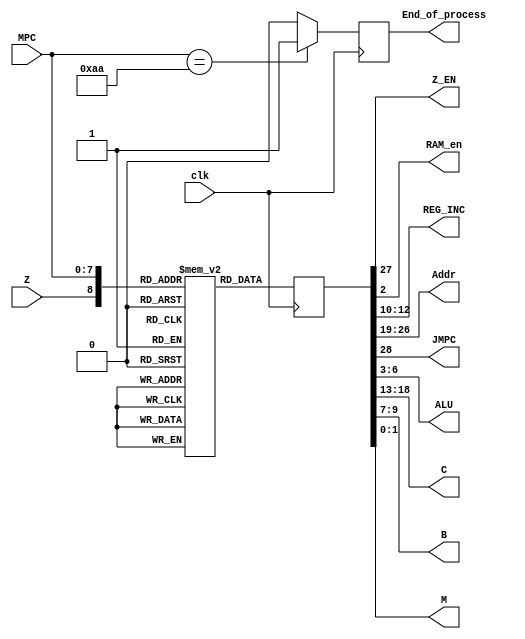
`timescale 1ns / 1ps
module ControlUnit(Z_EN,RAM_en,REG_INC,Z,MPC,clk,Addr,JMPC,ALU,C,B,M,End_of_process
    );

	input clk,Z;
	input [7:0] MPC;
	
	output [7:0] Addr;
	output [3:0] ALU;
	output [5:0] C;
	output [2:0] B;
	output [1:0] M;
	output [2:0] REG_INC;
	output JMPC;
	output RAM_en;
	output Z_EN;
	output End_of_process;
	
	reg End_of_process;
	reg [28:0] CL_MEM [511:0];
	reg [28:0] MIR;
	//Instructions
	
//-------------------------------------------------------
	initial 
	begin
	
	MIR = 29'b0_0_00000000_000000_000_000_0000_000;

	//assign {JMPC,Z_EN,Addr,C,REG_INC,B,ALU,RAM_en,M} = MIR; 
			/*3'b000 : B_bus <= B_bus;
			3'b001 : B_bus <= GP;
			3'b010 : B_bus <= PC;
			3'b011 : B_bus <= GP2;
			3'b100 : B_bus <= MDR;
			3'b101 : B_bus <= MAR;
			3'b110 : B_bus <= IR;
			3'b111 : B_bus <=  16'bz;*/
	//1.Nop
	 CL_MEM[9'b000000000]= 29'b1_0_00000000_000000_001_000_0000_000;	
	 
	 //2.Load AC from Memory (AC <- M[T] -0000 0001 T1,T2)
	 CL_MEM[9'b000000001]= 29'b0_0_00010001_000000_001_000_0000_000;
	 CL_MEM[9'b00001_0001]= 29'b0_0_00010010_000001_001_110_1011_000;
	 CL_MEM[9'b000010010]= 29'b0_0_00010011_010000_000_110_0100_000;
	 CL_MEM[9'b000010011]= 29'b0_0_00010100_000000_000_000_0000_000;
	 CL_MEM[9'b000010100]= 29'b0_0_00010101_000000_000_000_0000_101;
	 CL_MEM[9'b000010101]= 29'b0_0_00010111_000000_000_000_0000_101;
	 CL_MEM[9'b000010111]= 29'b0_0_00000000_000001_000_100_0011_000;
		
	 //3.LOAD Memory with AC (M[T] <- AC -0000 0010 T1,T2)
	 CL_MEM[9'b000000010]= 29'b0_0_00100000_001000_000_000_0010_000;
	 CL_MEM[9'b00010_0000]= 29'b0_0_00100001_000000_001_000_0000_000;
	 CL_MEM[9'b000100001]= 29'b0_0_00100010_000001_001_110_1011_000;
	 CL_MEM[9'b000100010]= 29'b0_0_00100011_010000_000_110_0100_000;
	 CL_MEM[9'b000100011]= 29'b0_0_00100100_000000_000_000_0000_110;
	 CL_MEM[9'b000100100]= 29'b0_0_00100101_000000_000_000_0000_110;
	 CL_MEM[9'b000100101]= 29'b0_0_00000000_000001_000_100_0011_000;
	 
	 
	 //4.Clear AC
	 CL_MEM[9'b000000011]= 29'b0_0_00000000_000001_000_000_0001_000;
	 
	 //5.MOVE AC GP1
	CL_MEM[9'b000000100]= 29'b0_0_00110000_000010_000_000_0010_000;
	CL_MEM[9'b00011_0000]= 29'b0_0_00000000_000000_000_000_0000_000;
	
	
	 //6.MOVE AC GP1
	CL_MEM[9'b000000101]= 29'b0_0_01000000_100000_000_000_0010_000;
	CL_MEM[9'b00100_0000]= 29'b0_0_00000000_000000_000_000_0000_000;

	//7. JUMPZ
	CL_MEM[9'b000000110]= 29'b0_1_01010000_000000_000_110_0011_000;
		//If AC = 0;
	CL_MEM[9'b10101_0000]= 29'b0_1_01010001_000100_000_110_0011_000;
	CL_MEM[9'b101010001]= 29'b1_0_00000000_000000_001_000_0000_000;
		//If AC != 0;
	CL_MEM[9'b001010000]= 29'b0_0_00000000_000000_001_110_0011_000;
	
	//8. JUMNZ
	CL_MEM[9'b000000111]= 29'b0_1_01100000_000000_000_110_0011_000;
		//If AC != 0;
	CL_MEM[9'b00110_0000]= 29'b0_1_01100001_000100_000_110_0011_000;
	CL_MEM[9'b001100001]= 29'b1_0_00000000_000000_001_000_0000_000;
		//If AC == 0;
	CL_MEM[9'b101100000]= 29'b0_0_00000000_000000_001_110_0011_000;
	
	//8. Load AC  AC<= M[M[T,T]]
	 CL_MEM[9'b000001000]= 29'b0_0_01110000_000000_001_000_0000_000;
	 CL_MEM[9'b001110000]= 29'b0_0_01110001_000001_001_110_1011_000;
	 CL_MEM[9'b001110001]= 29'b0_0_01110010_010000_000_110_0100_000;
	 CL_MEM[9'b001110010]= 29'b0_0_01110011_000000_000_000_0000_000;
	 CL_MEM[9'b001110011]= 29'b0_0_01110100_000000_000_000_0000_101;
	 CL_MEM[9'b001110100]= 29'b0_0_01110101_000000_000_000_0000_101;
	 CL_MEM[9'b001110101]= 29'b0_0_01110110_010000_000_100_0011_000;
	 CL_MEM[9'b001110110]= 29'b0_0_01110111_000000_000_000_0000_101;
	 CL_MEM[9'b001110111]= 29'b0_0_01111000_000000_000_000_0000_101;
	 CL_MEM[9'b001111000]= 29'b0_0_00000000_000001_000_100_0011_000;

	//9. Store AC - M[M[T,T]] <= AC
	 CL_MEM[9'b000001001]= 29'b0_0_10000000_001000_000_000_0010_000;
	 CL_MEM[9'b010000000]= 29'b0_0_10000001_000000_001_000_0000_000;
	 CL_MEM[9'b010000001]= 29'b0_0_10000010_000001_001_110_1011_000;
	 CL_MEM[9'b010000010]= 29'b0_0_10000011_010000_000_110_0100_000;
	 CL_MEM[9'b010000011]= 29'b0_0_10000100_000001_000_100_0011_000;
	 CL_MEM[9'b010000100]= 29'b0_0_10000101_000000_000_000_0000_101;
	 CL_MEM[9'b010000101]= 29'b0_0_10000110_000000_000_000_0000_101;
	 CL_MEM[9'b010000110]= 29'b0_0_10000111_010000_000_100_0011_000;
	 CL_MEM[9'b010000111]= 29'b0_0_10001000_001000_000_000_0010_000;
	 CL_MEM[9'b010001000]= 29'b0_0_10001001_000000_000_000_0000_110;
	 CL_MEM[9'b010001001]= 29'b0_0_00000000_000000_000_000_0000_110;
	
	
	//10.DIV AC by 4
	 CL_MEM[9'b000001010]= 29'b0_0_10010000_000001_000_000_0110_000;
	 CL_MEM[9'b010010000]= 29'b0_0_00000000_000000_000_000_0000_000;
	 
	//11.DIV AC by 2
	 CL_MEM[9'b000001011]= 29'b0_0_10100000_000001_000_000_0111_000;
	 CL_MEM[9'b010100000]= 29'b0_0_00000000_000000_000_000_0000_000;
	
	//12. INC AC
	 CL_MEM[9'b000001100]= 29'b0_0_10110000_000001_000_000_1010_000;
	 CL_MEM[9'b010110000]= 29'b0_0_00000000_000000_000_000_0000_000;
	 
	 //13. ADD AC + GP1
	 CL_MEM[9'b000001101]= 29'b0_0_11000000_000001_000_001_0100_000;
	 CL_MEM[9'b011000000]= 29'b0_0_00000000_000000_000_000_0000_000;
	 
	 //14. SUB AC - GP1
	 CL_MEM[9'b000001110]= 29'b0_0_11010000_000001_000_001_0101_000;
	 CL_MEM[9'b011010000]= 29'b0_0_00000000_000000_000_000_0000_000;
	 
	 //15. ADD AC + GP2
	 CL_MEM[9'b000001111]= 29'b0_0_11100000_000001_000_011_0100_000;
	 CL_MEM[9'b011100000]= 29'b0_0_00000000_000000_000_000_0000_000;
	 
	 //16.Shift AC by 8
	 CL_MEM[9'b010010001]= 29'b0_0_10010010_000001_000_000_1100_000;
	 CL_MEM[9'b010010010]= 29'b0_0_00000000_000000_000_000_0000_000;
	 
	 
	 End_of_process=1'b0;
	end
//----------------------------------------------------	
	
	always @ (negedge clk) begin
		MIR = CL_MEM[{Z,MPC}];                               //rlease cl sig in posedge
		
		if(MPC == 8'b10101010)
			begin
				End_of_process<= 1'b1;
			end
		else
			begin
				End_of_process<= 1'b0;
			end
	end
	
	
	assign {JMPC,Z_EN,Addr,C,REG_INC,B,ALU,RAM_en,M} = MIR;  
	//0_0_00000000_000000_000_000_0000_000

endmodule